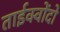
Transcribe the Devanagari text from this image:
ताईक्वोंदो